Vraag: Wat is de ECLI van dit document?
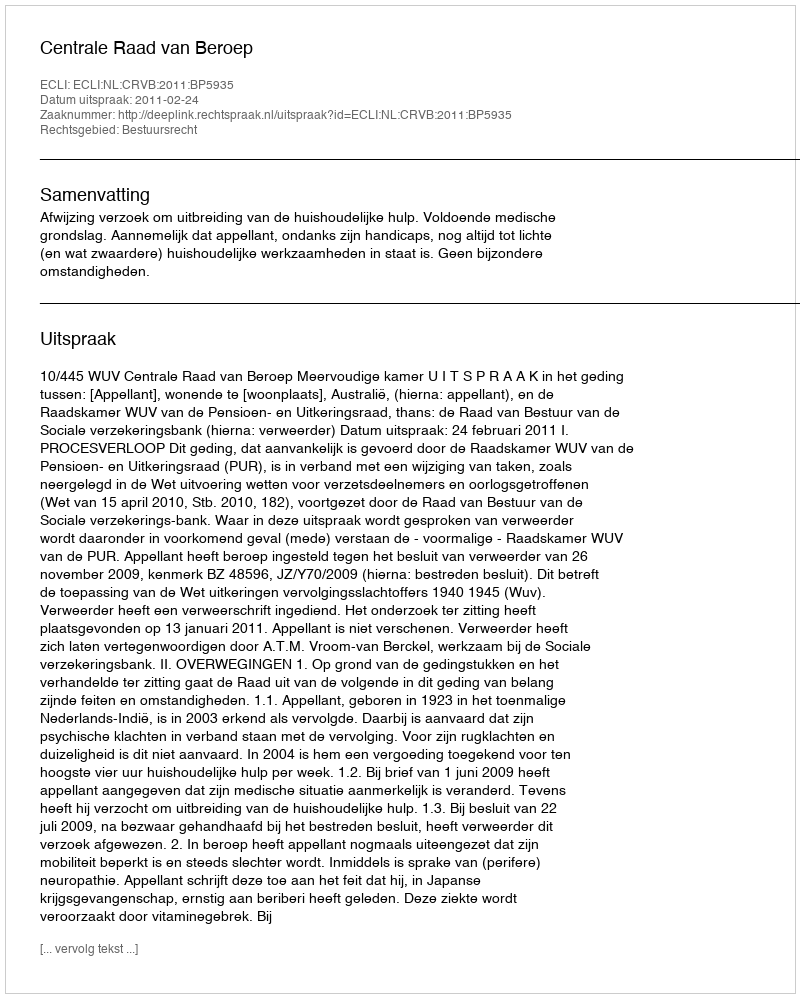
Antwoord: ECLI:NL:CRVB:2011:BP5935